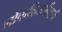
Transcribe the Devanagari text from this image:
लोकविद्यापीठाची